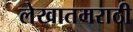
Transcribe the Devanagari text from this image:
लेखातमराठी